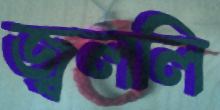
জ্বললি